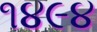
૧૪૯૪